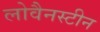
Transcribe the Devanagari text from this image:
लोवैनस्टीन